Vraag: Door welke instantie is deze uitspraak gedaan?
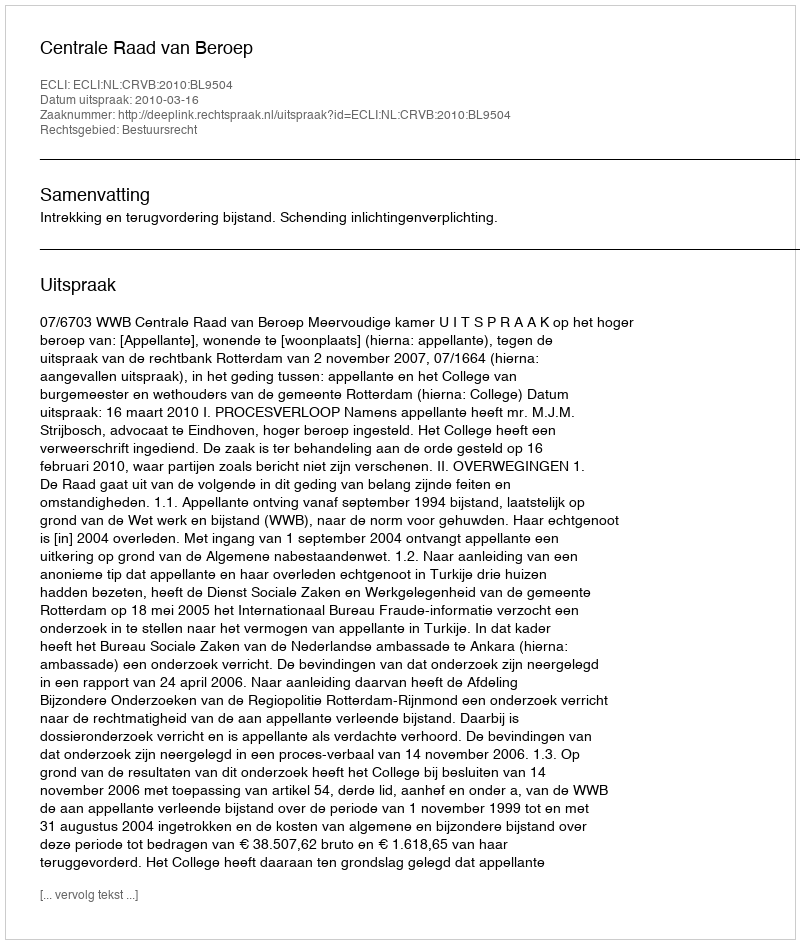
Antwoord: Centrale Raad van Beroep